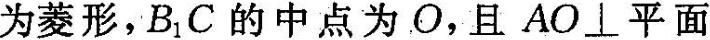
为菱形，B_{1}C的中点为O，且AO \perp 平面